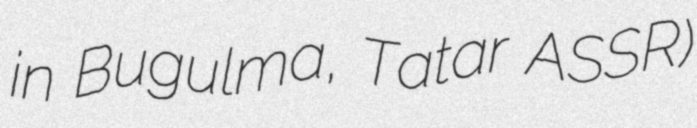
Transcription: in Bugulma, Tatar ASSR)